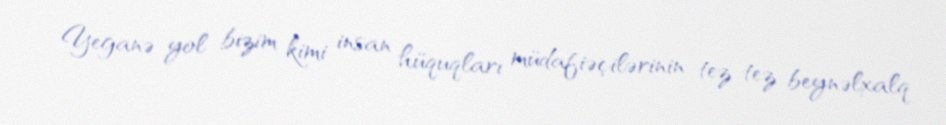
- Yeganə yol bizim kimi insan hüquqları müdafiəçilərinin tez-tez beynəlxalq